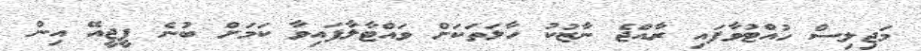
މަޖިލިސް ހުއްޓުވާފައި ރާއްޖެ ނާޒުކު ހާލަތަކަށް ވައްޓާލާފައިވާ ކަމަށް ބުނެ ޕީޖީއޭ އިން